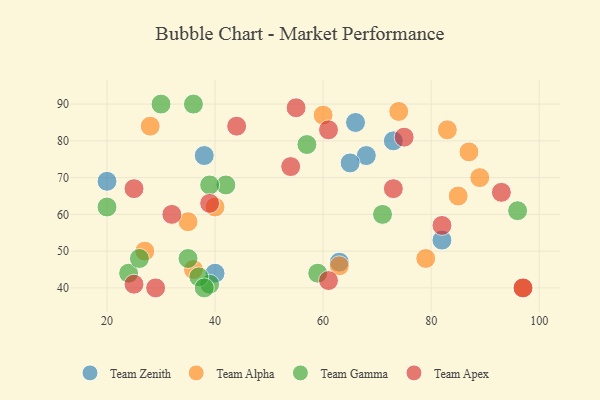
{"axis": {"x": "GDP", "y": "Life Expectancy"}, "legend": ["Team Alpha", "Team Apex", "Team Gamma", "Team Zenith"], "data": [{"x": "68", "y": 76, "type": "Team Zenith"}, {"x": "38", "y": 76, "type": "Team Zenith"}, {"x": "65", "y": 74, "type": "Team Zenith"}, {"x": "66", "y": 85, "type": "Team Zenith"}, {"x": "82", "y": 53, "type": "Team Zenith"}, {"x": "40", "y": 44, "type": "Team Zenith"}, {"x": "63", "y": 47, "type": "Team Zenith"}, {"x": "73", "y": 80, "type": "Team Zenith"}, {"x": "20", "y": 69, "type": "Team Zenith"}, {"x": "36", "y": 45, "type": "Team Alpha"}, {"x": "83", "y": 83, "type": "Team Alpha"}, {"x": "28", "y": 84, "type": "Team Alpha"}, {"x": "85", "y": 65, "type": "Team Alpha"}, {"x": "40", "y": 62, "type": "Team Alpha"}, {"x": "74", "y": 88, "type": "Team Alpha"}, {"x": "89", "y": 70, "type": "Team Alpha"}, {"x": "87", "y": 77, "type": "Team Alpha"}, {"x": "63", "y": 46, "type": "Team Alpha"}, {"x": "60", "y": 87, "type": "Team Alpha"}, {"x": "97", "y": 40, "type": "Team Alpha"}, {"x": "35", "y": 58, "type": "Team Alpha"}, {"x": "79", "y": 48, "type": "Team Alpha"}, {"x": "27", "y": 50, "type": "Team Alpha"}, {"x": "59", "y": 44, "type": "Team Gamma"}, {"x": "20", "y": 62, "type": "Team Gamma"}, {"x": "71", "y": 60, "type": "Team Gamma"}, {"x": "30", "y": 90, "type": "Team Gamma"}, {"x": "39", "y": 41, "type": "Team Gamma"}, {"x": "42", "y": 68, "type": "Team Gamma"}, {"x": "24", "y": 44, "type": "Team Gamma"}, {"x": "35", "y": 48, "type": "Team Gamma"}, {"x": "37", "y": 43, "type": "Team Gamma"}, {"x": "36", "y": 90, "type": "Team Gamma"}, {"x": "57", "y": 79, "type": "Team Gamma"}, {"x": "38", "y": 40, "type": "Team Gamma"}, {"x": "39", "y": 68, "type": "Team Gamma"}, {"x": "26", "y": 48, "type": "Team Gamma"}, {"x": "96", "y": 61, "type": "Team Gamma"}, {"x": "97", "y": 40, "type": "Team Apex"}, {"x": "44", "y": 84, "type": "Team Apex"}, {"x": "39", "y": 63, "type": "Team Apex"}, {"x": "55", "y": 89, "type": "Team Apex"}, {"x": "82", "y": 57, "type": "Team Apex"}, {"x": "25", "y": 41, "type": "Team Apex"}, {"x": "75", "y": 81, "type": "Team Apex"}, {"x": "61", "y": 42, "type": "Team Apex"}, {"x": "73", "y": 67, "type": "Team Apex"}, {"x": "25", "y": 67, "type": "Team Apex"}, {"x": "29", "y": 40, "type": "Team Apex"}, {"x": "54", "y": 73, "type": "Team Apex"}, {"x": "32", "y": 60, "type": "Team Apex"}, {"x": "61", "y": 83, "type": "Team Apex"}, {"x": "93", "y": 66, "type": "Team Apex"}]}